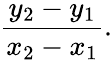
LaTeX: {\frac{y_{2}-y_{1}}{x_{2}-x_{1}}}.